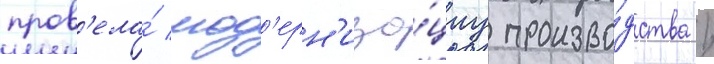
пров'ела́ мод'ерн'иза́циу произво́дства /